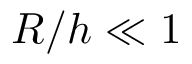
R / h \ll 1